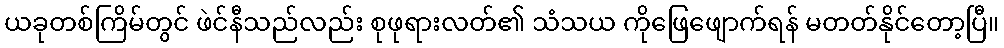
ယခုတစ်ကြိမ်တွင် ဖဲင်နီသည်လည်း စုဖုရားလတ်၏ သံသယ ကိုဖြေဖျောက်ရန် မတတ်နိုင်တော့ပြီ။